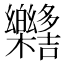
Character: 𣡳